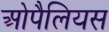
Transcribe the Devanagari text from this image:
ओपैलियस